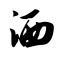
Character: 洒